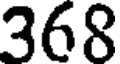
368